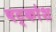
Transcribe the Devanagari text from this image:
षट्कोश